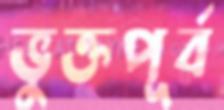
ভুক্তপূর্ব